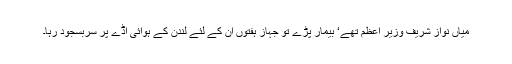
میاں نواز شریف وزیر اعظم تھے‘ بیمار پڑے تو جہاز ہفتوں ان کے لئے لندن کے ہوائی اڈے پر سربسجود رہا۔